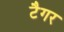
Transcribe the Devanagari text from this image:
टैगर